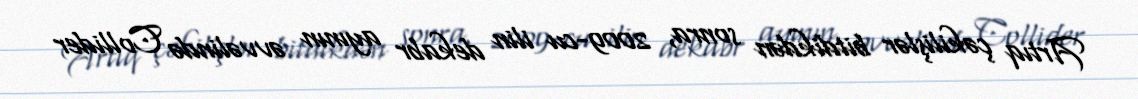
Artıq çəkilişlər bitdikdən sonra, 2009-cu ilin dekabr ayının əvvəlində Collider